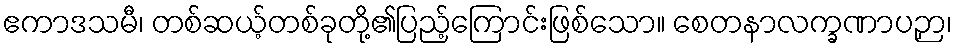
ဧကာဒသမီ၊ တစ်ဆယ့်တစ်ခုတို့၏ပြည့်ကြောင်းဖြစ်သော။ စေတနာလက္ခဏာပဉှာ၊